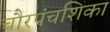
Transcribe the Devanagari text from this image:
चौरपंचशिका